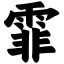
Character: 霏